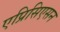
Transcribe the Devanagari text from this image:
एप्रिसिएसन